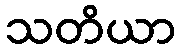
သတိယာ